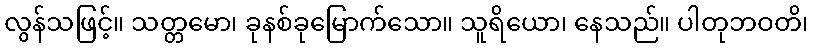
လွန်သဖြင့်။ သတ္တမော၊ ခုနစ်ခုမြောက်သော။ သူရိယော၊ နေသည်။ ပါတုဘဝတိ၊